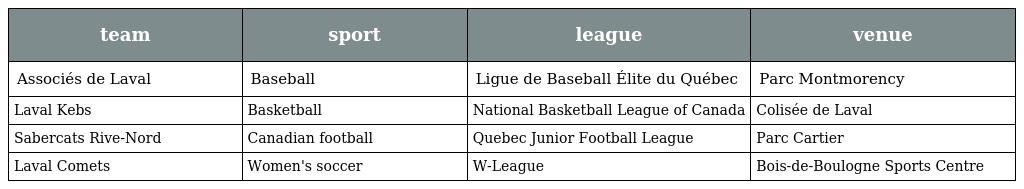
| team | sport | league | venue |
 | --- | --- | --- | --- |
 | Associés de Laval | Baseball | Ligue de Baseball Élite du Québec | Parc Montmorency |
 | Laval Kebs | Basketball | National Basketball League of Canada | Colisée de Laval |
 | Sabercats Rive-Nord | Canadian football | Quebec Junior Football League | Parc Cartier |
 | Laval Comets | Women's soccer | W-League | Bois-de-Boulogne Sports Centre |